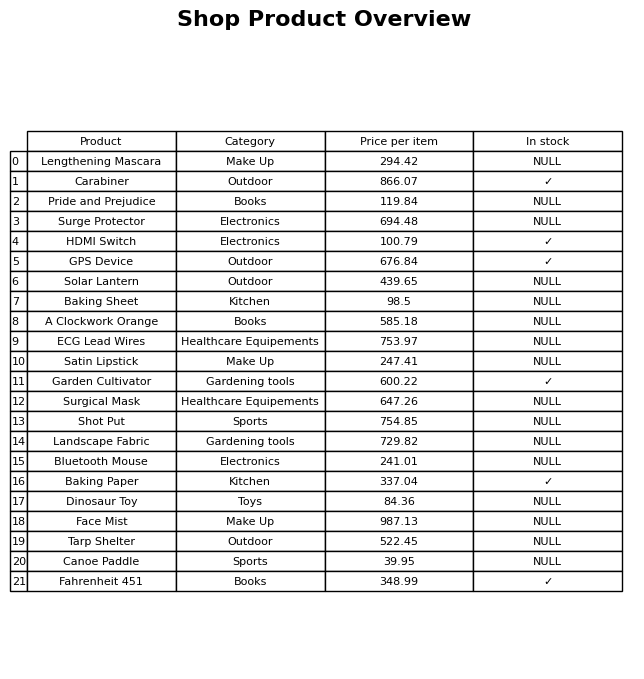
question: What is the price of the Baking Sheet?
answer: The price of Baking Sheet is 98.5.